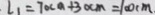
\cdot l _ { 1 } = 7 0 c m + 3 0 c m = 1 0 0 c m